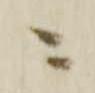
ニ